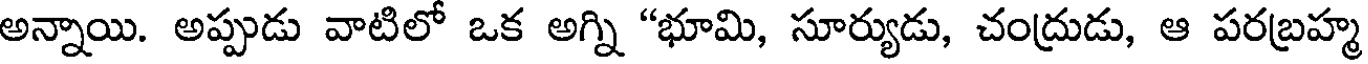
అన్నాయి. అప్పుడు వాటిలో ఒక అగ్ని "భూమి, సూర్యుడు, చంద్రుడు, ఆ పరబ్రహ్మ